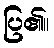
ပြ၏။